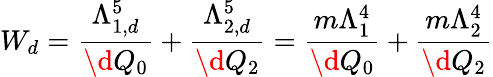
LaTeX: W_{d}=\frac{\Lambda_{1,d}^{5}}{\d Q_{0}}+\frac{\Lambda_{2,d}^{5}}{\d Q_{2}}=\frac{m\Lambda_{1}^{4}}{\d Q_{0}}+\frac{m\Lambda_{2}^{4}}{\d Q_{2}}